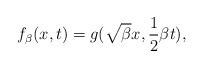
LaTeX: \begin{align*}f_{\beta}(x,t)=g(\sqrt{\beta}x,\frac{1}{2}\beta t),\end{align*}